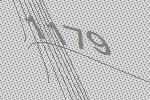
1179